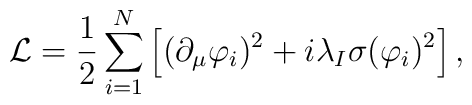
\mathcal{L}={\frac{1}{2}}\sum_{i=1}^{N}\left[ (\partial _{\mu }\varphi_{i})^{2}+i\lambda _{I}\sigma (\varphi _{i})^{2}\right] ,